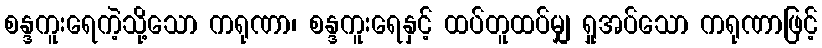
စန္ဒကူးရေကဲ့သို့သော ကရုဏာ၊ စန္ဒကူးရေနှင့် ထပ်တူထပ်မျှ ရှုအပ်သော ကရုဏာဖြင့်